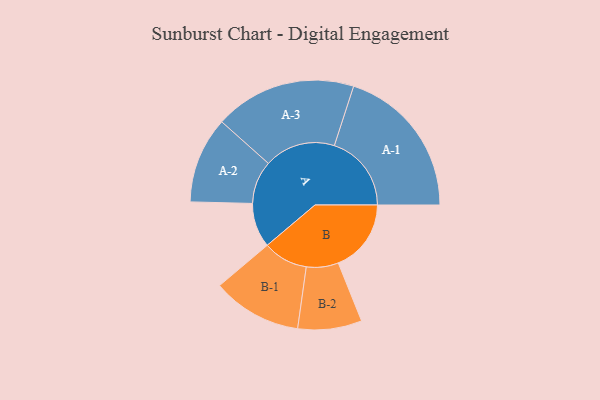
{"axis": {"x": "Segment", "y": "Value"}, "legend": ["", "A", "B"], "data": [{"x": "A", "y": 160, "type": ""}, {"x": "B", "y": 262, "type": ""}, {"x": "A-1", "y": 277, "type": "A"}, {"x": "A-2", "y": 155, "type": "A"}, {"x": "A-3", "y": 255, "type": "A"}, {"x": "B-1", "y": 161, "type": "B"}, {"x": "B-2", "y": 115, "type": "B"}]}